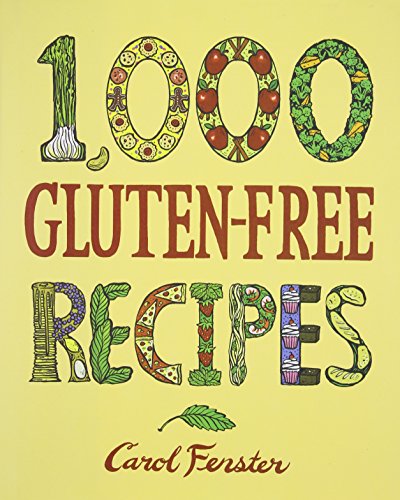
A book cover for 1,000 Gluten-Free Recipes (1,000 Recipes); Carol Fenster; Cookbooks, Food & Wine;